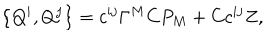
\left\{ Q ^ { i } , Q ^ { j } \right\} = c ^ { i j } \Gamma ^ { M } C P _ { M } + C c ^ { i j } Z ,